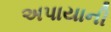
અપાયાની